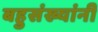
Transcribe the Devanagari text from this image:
बहुसंख्यांनी